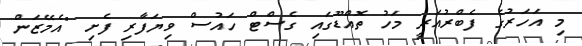
މި އަހަރުގެ ފެބްރުއަރީ މަހު ތޮއްޑޫގައި ގެސްޓް ހައުސް ވިޔަފާރި ފެށި "އެމޭޒަން